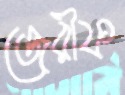
জেরীফ